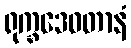
ရုက္ခဒေဝတာနံ